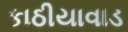
કાઠીયાવાડ